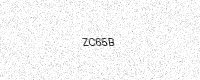
Text: ZC65B